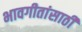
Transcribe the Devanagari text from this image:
भावगीतांसाठी